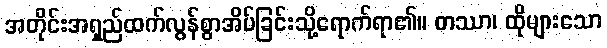
အတိုင်းအရှည်ထက်လွန်စွာအိပ်ခြင်းသို့ရောက်ရာ၏။ တဿာ၊ ထိုများသော